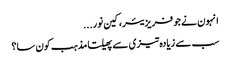
انہون نے جو فریزیئر، کین نور...
سب سے زیادہ تیزی سے پھیلتا مذہب کون سا؟